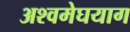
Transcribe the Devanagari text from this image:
अश्वमेघयाग